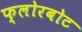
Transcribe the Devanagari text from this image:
फ्लोरबोट